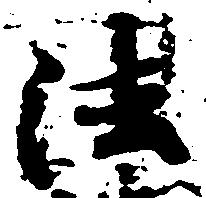
法